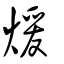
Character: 煖